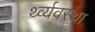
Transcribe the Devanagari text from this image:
र्थ्व्यवस्था